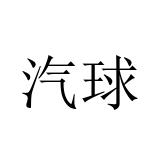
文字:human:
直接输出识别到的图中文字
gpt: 汽球